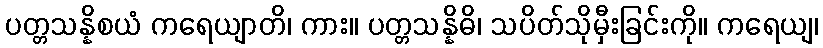
ပတ္တသန္နိစယံ ကရေယျာတိ၊ ကား။ ပတ္တသန္နိဓိ၊ သပိတ်သိုမှီးခြင်းကို။ ကရေယျ၊